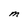
Character: M